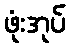
ဖုံးအုပ်